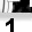
Digit: 1